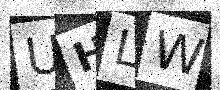
Text: UHLW